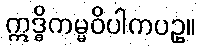
ဣဒ္ဓိကမ္မဝိပါကပဥှ။